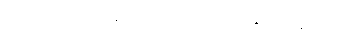
။အဘိ-၁-ပါ-၉၄။ ။၄-ပါ-၃၂၃။ ။အနုသယနိဒ္ဒေသ၊